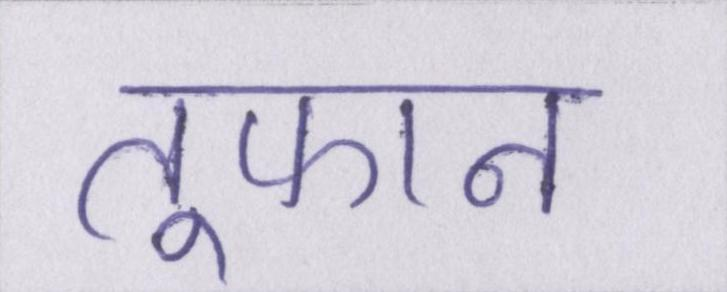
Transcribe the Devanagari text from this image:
तूफान